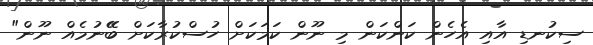
ސިކުނޑި އާއި އެހެން ކަންކަން މި ނޫން ކަމަކަށް ހުސްކުރާކަށް ބޭޭނުމެއް ނޫން"